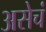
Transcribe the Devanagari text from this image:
असेचं